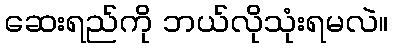
ဆေးရည်ကို ဘယ်လိုသုံးရမလဲ။